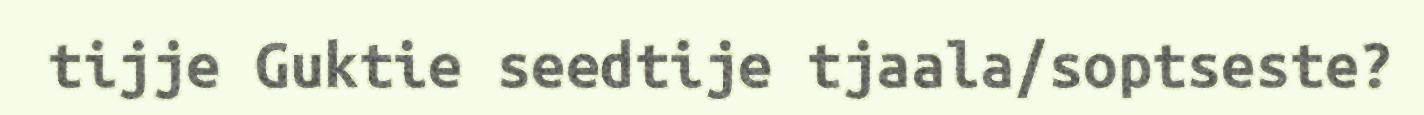
tijje Guktie seedtije tjaala/soptseste?